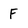
Character: F